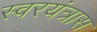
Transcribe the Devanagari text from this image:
स्वरयंत्रास